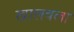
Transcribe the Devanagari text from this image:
खालवला